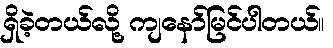
ရှိခဲ့တယ်လို့ ကျနော်မြင်ပါတယ်။